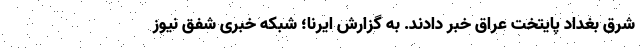
شرق بغداد پایتخت عراق خبر دادند. به گزارش ایرنا؛ شبکه خبری شفق نیوز